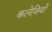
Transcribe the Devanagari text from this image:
कलेजियों